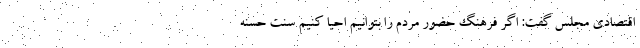
اقتصادی مجلس گفت: اگر فرهنگ حضور مردم را بتوانیم احیا کنیم سنت حسنه